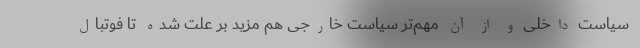
سیاست داخلی و از آن مهم‌تر سیاست خارجی هم مزید بر علت شده تا فوتبال